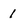
Character: 1